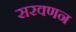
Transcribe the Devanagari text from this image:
सरवणन